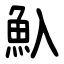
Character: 魞